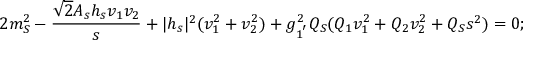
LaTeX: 2 m _ { S } ^ { 2 } - \frac { \sqrt { 2 } A _ { s } h _ { s } v _ { 1 } v _ { 2 } } { s } + | h _ { s } | ^ { 2 } ( v _ { 1 } ^ { 2 } + v _ { 2 } ^ { 2 } ) + g _ { 1 ^ { ' } } ^ { 2 } Q _ { S } ( Q _ { 1 } v _ { 1 } ^ { 2 } + Q _ { 2 } v _ { 2 } ^ { 2 } + Q _ { S } s ^ { 2 } ) = 0 ;